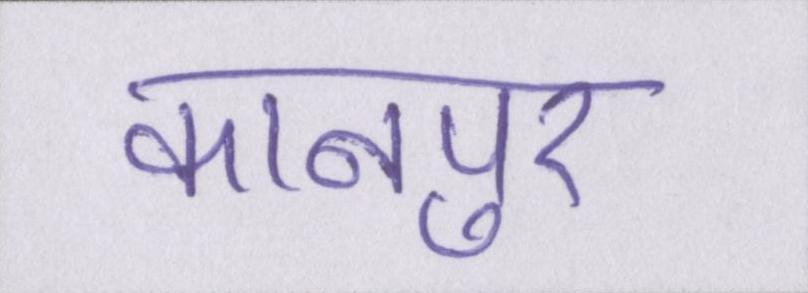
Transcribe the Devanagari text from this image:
कानपुर